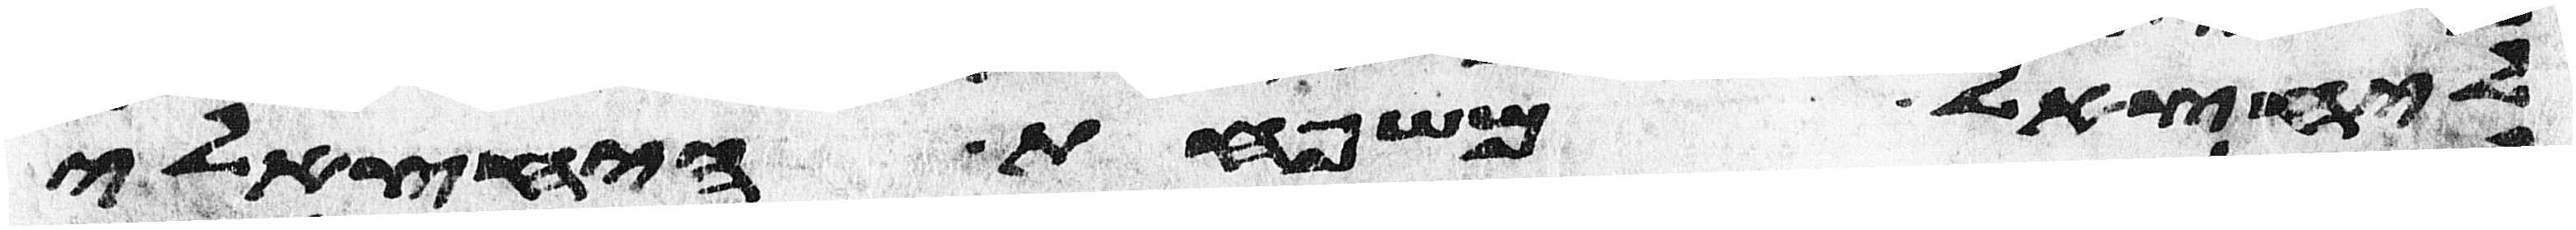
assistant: ליחצאל משפחת היחצאלי